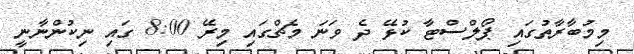
މިމުބާރާތުގައި ޕޯލްސްޓާ ކުޅޭ ދެ ވަނަ މެޗްގައި މިރޭ 8:00 ގައި ނިކުންނާނީ